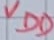
Text: VDD